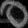
Digit: ၀